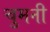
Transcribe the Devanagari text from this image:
चुमनी